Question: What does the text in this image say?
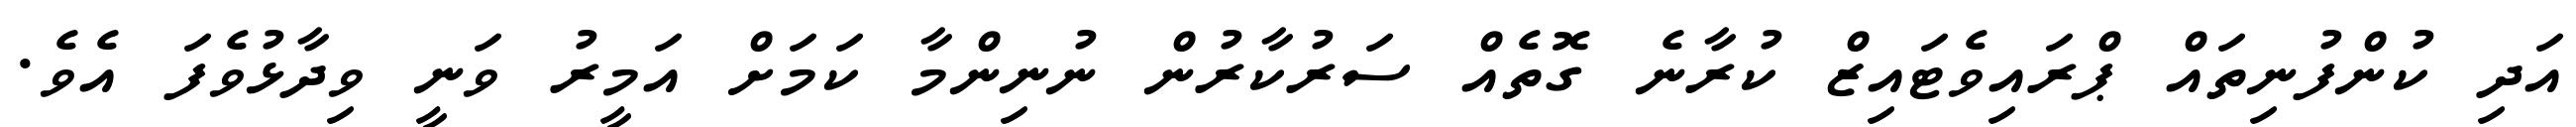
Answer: އަދި ކުންފުނިތައް ޕްރައިވެޓައިޒް ކުރާނެ ގޮތެއް ސަރުކާރުން ނުނިންމާ ކަމަށް އަމީރު ވަނީ ވިދާޅުވެފަ އެވެ.